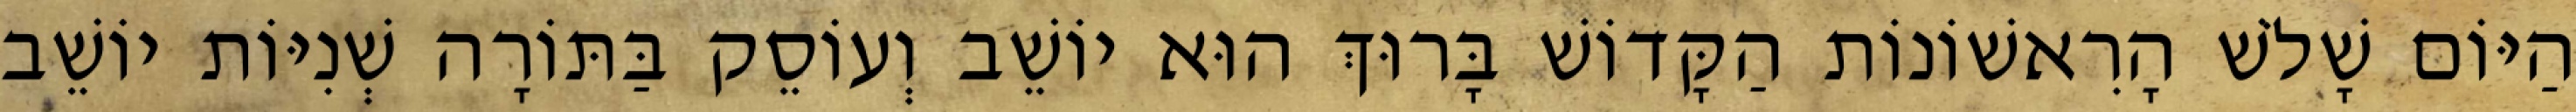
הַיּוֹם שָׁלֹשׁ הָרִאשׁוֹנוֹת הַקָּדוֹשׁ בָּרוּךְ הוּא יוֹשֵׁב וְעוֹסֵק בַּתּוֹרָה שְׁנִיּוֹת יוֹשֵׁב